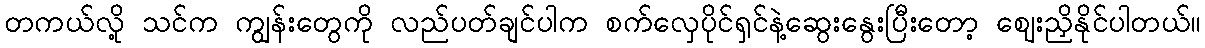
တကယ်လို့ သင်က ကျွန်းတွေကို လည်ပတ်ချင်ပါက စက်လှေပိုင်ရှင်နဲ့ဆွေးနွေးပြီးတော့ ဈေးညှိနိုင်ပါတယ်။